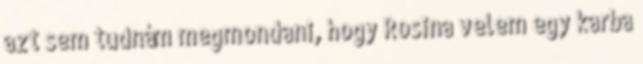
azt sem tudnám megmondani, hogy Rosina velem egy karba